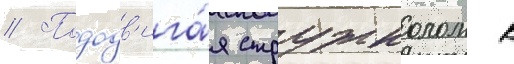
// Пододв'ига́я стружколом к